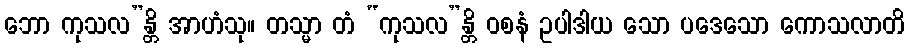
ဘော ကုသလ”န္တိ အာဟံသု။ တသ္မာ တံ “ကုသလ”န္တိ ဝစနံ ဥပါဒါယ သော ပဒေသော ကောသလာတိ